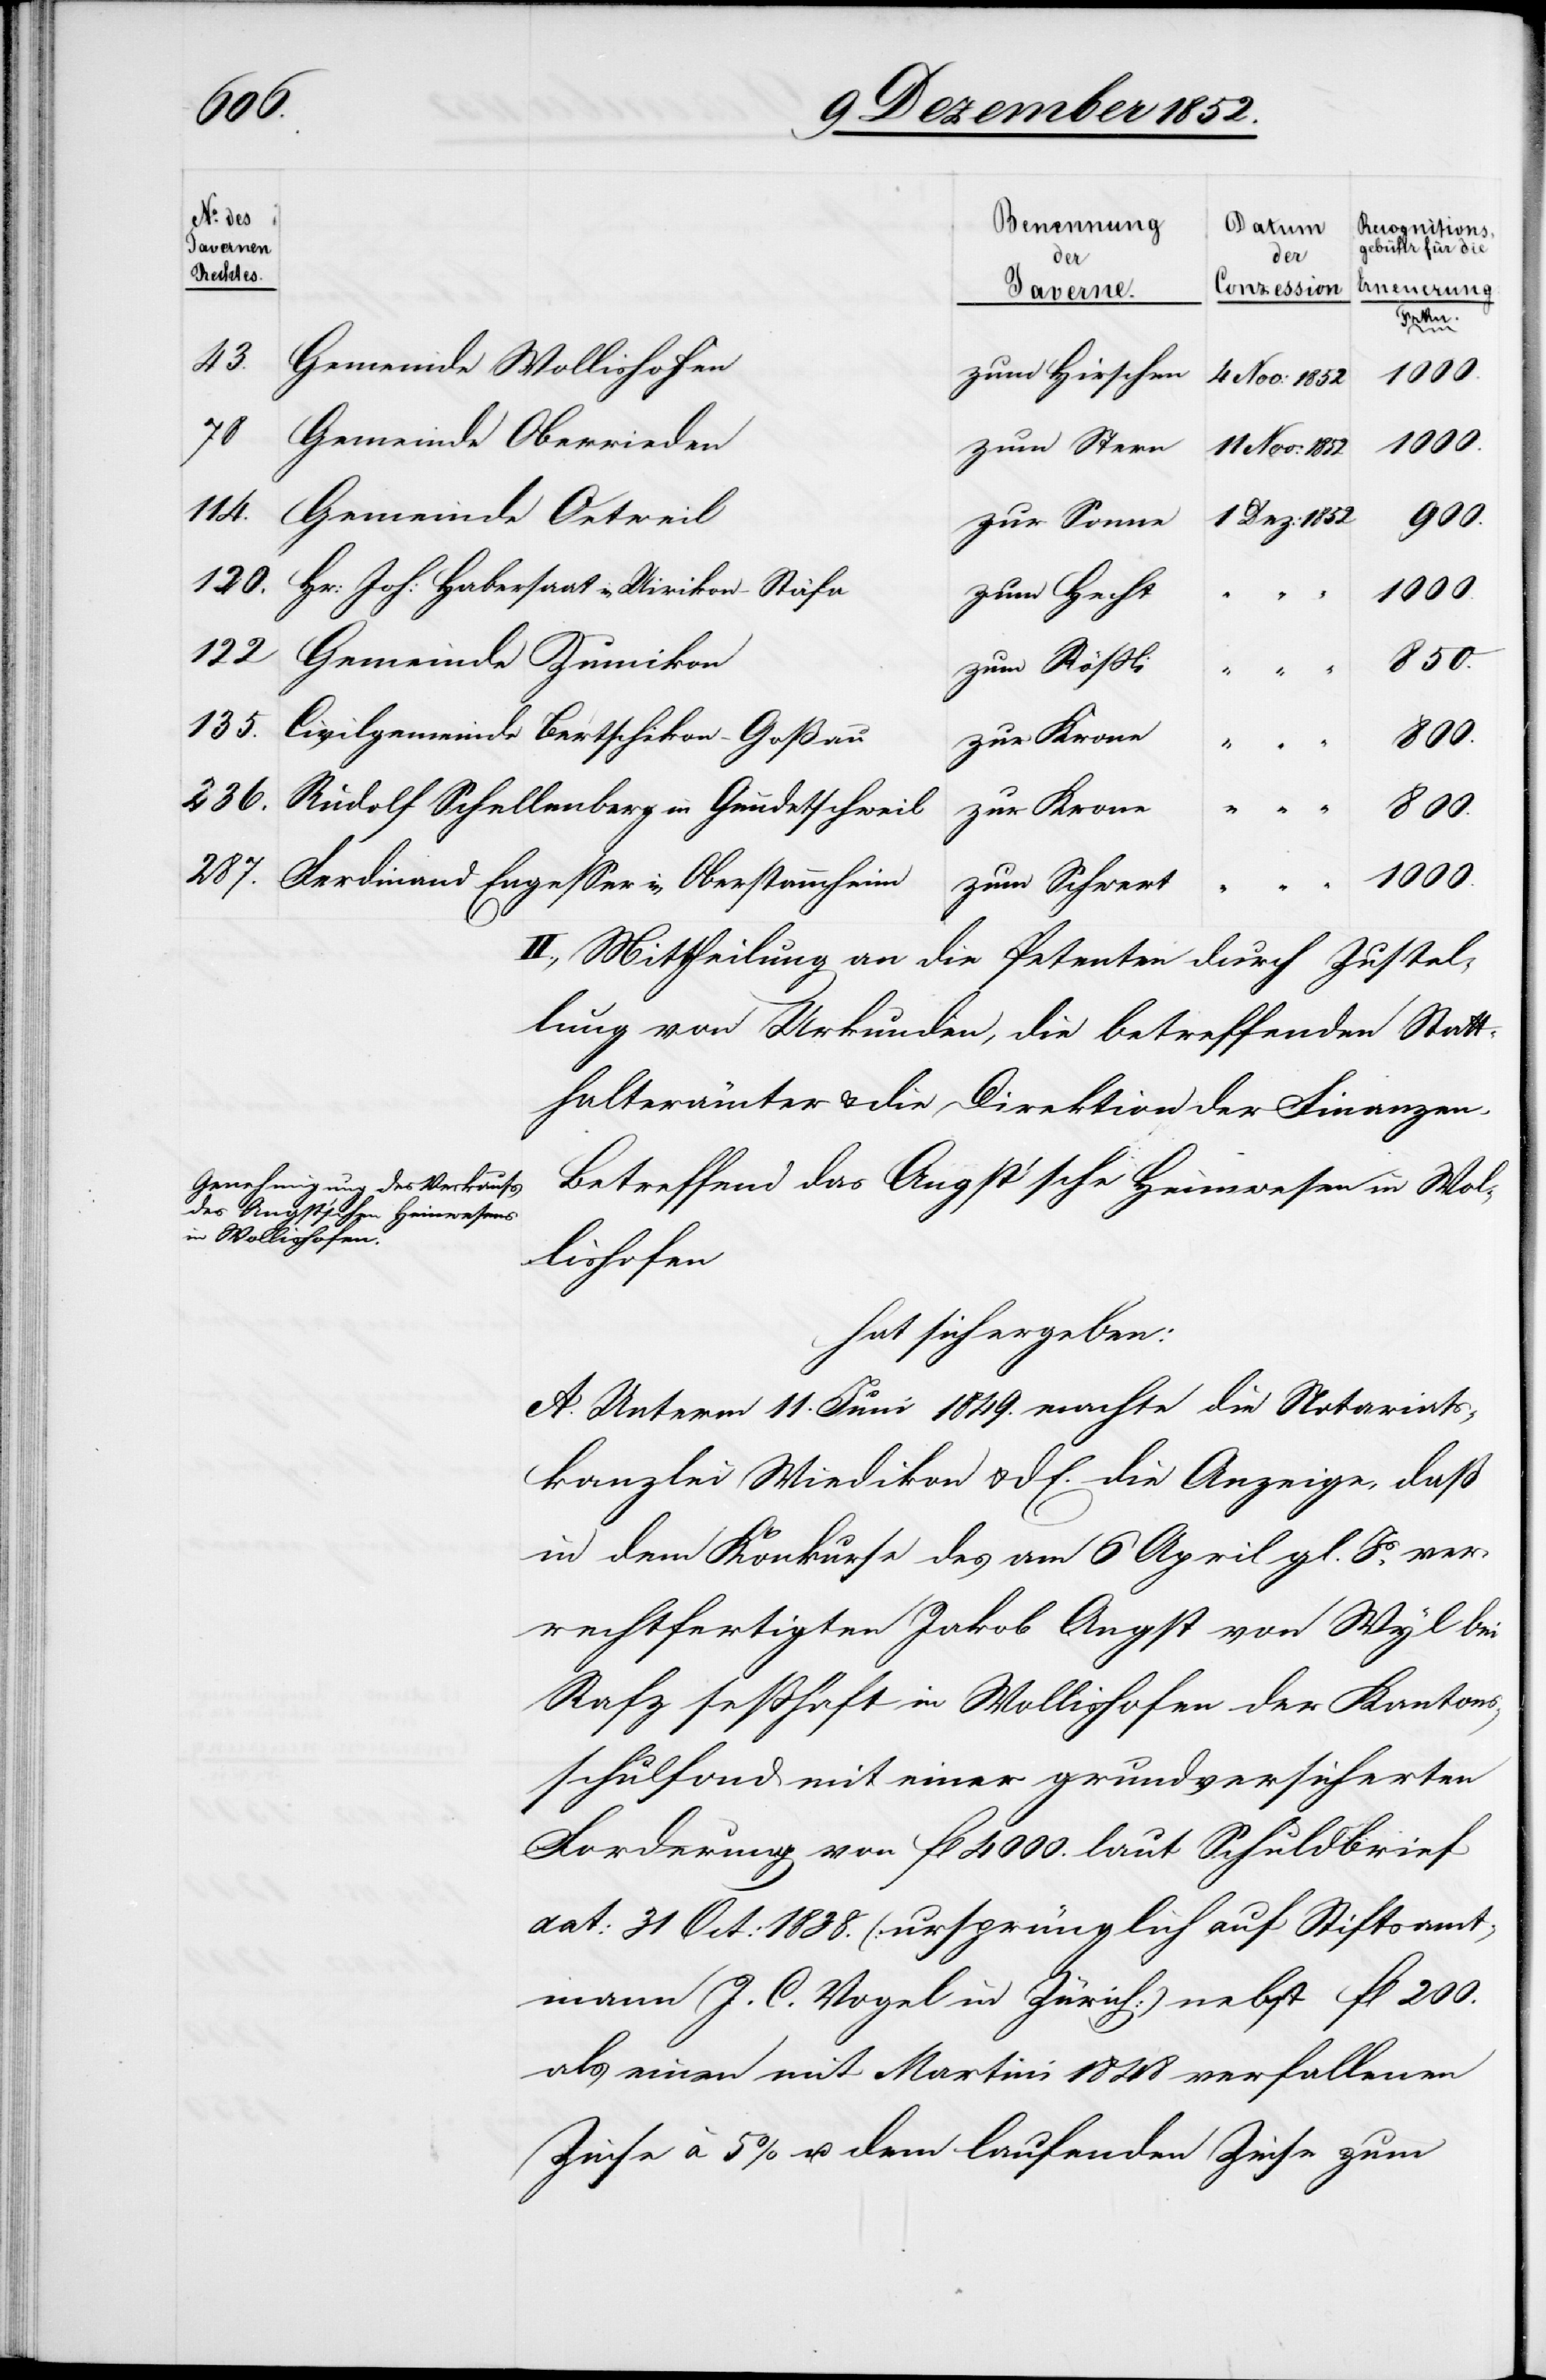
Betreffend das Angst’sche Heimwesen in Wol¬
lishofen
hat sich ergeben:
A. Unterm 11. Juni 1849. machte die Notariats¬
kanzlei Wiedikon & d E. die Anzeige, daß
in dem Konkurse des am 6 April gl. Js. ver¬
rechtfertigten Jakob Angst von Wyl bei
Rafz seßhaft in Wollishofen der Kantons¬
schulfond mit einer grundversicherten
Forderung von fl 4000. laut Schuldbrief
dat: 31 Oct: 1838. (ursprünglich auf Stiftsamt¬
mann J. C. Vogel in Zürich) nebst fl 200.
als einen mit Martini 1848 verfallenen
Zinse à 5% u. dem laufenden Zinse zum